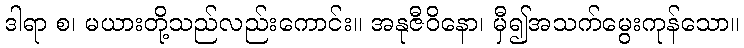
ဒါရာ စ၊ မယားတို့သည်လည်းကောင်း။ အနုဇီဝိနော၊ မှီ၍အသက်မွေးကုန်သော။